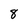
Character: 8